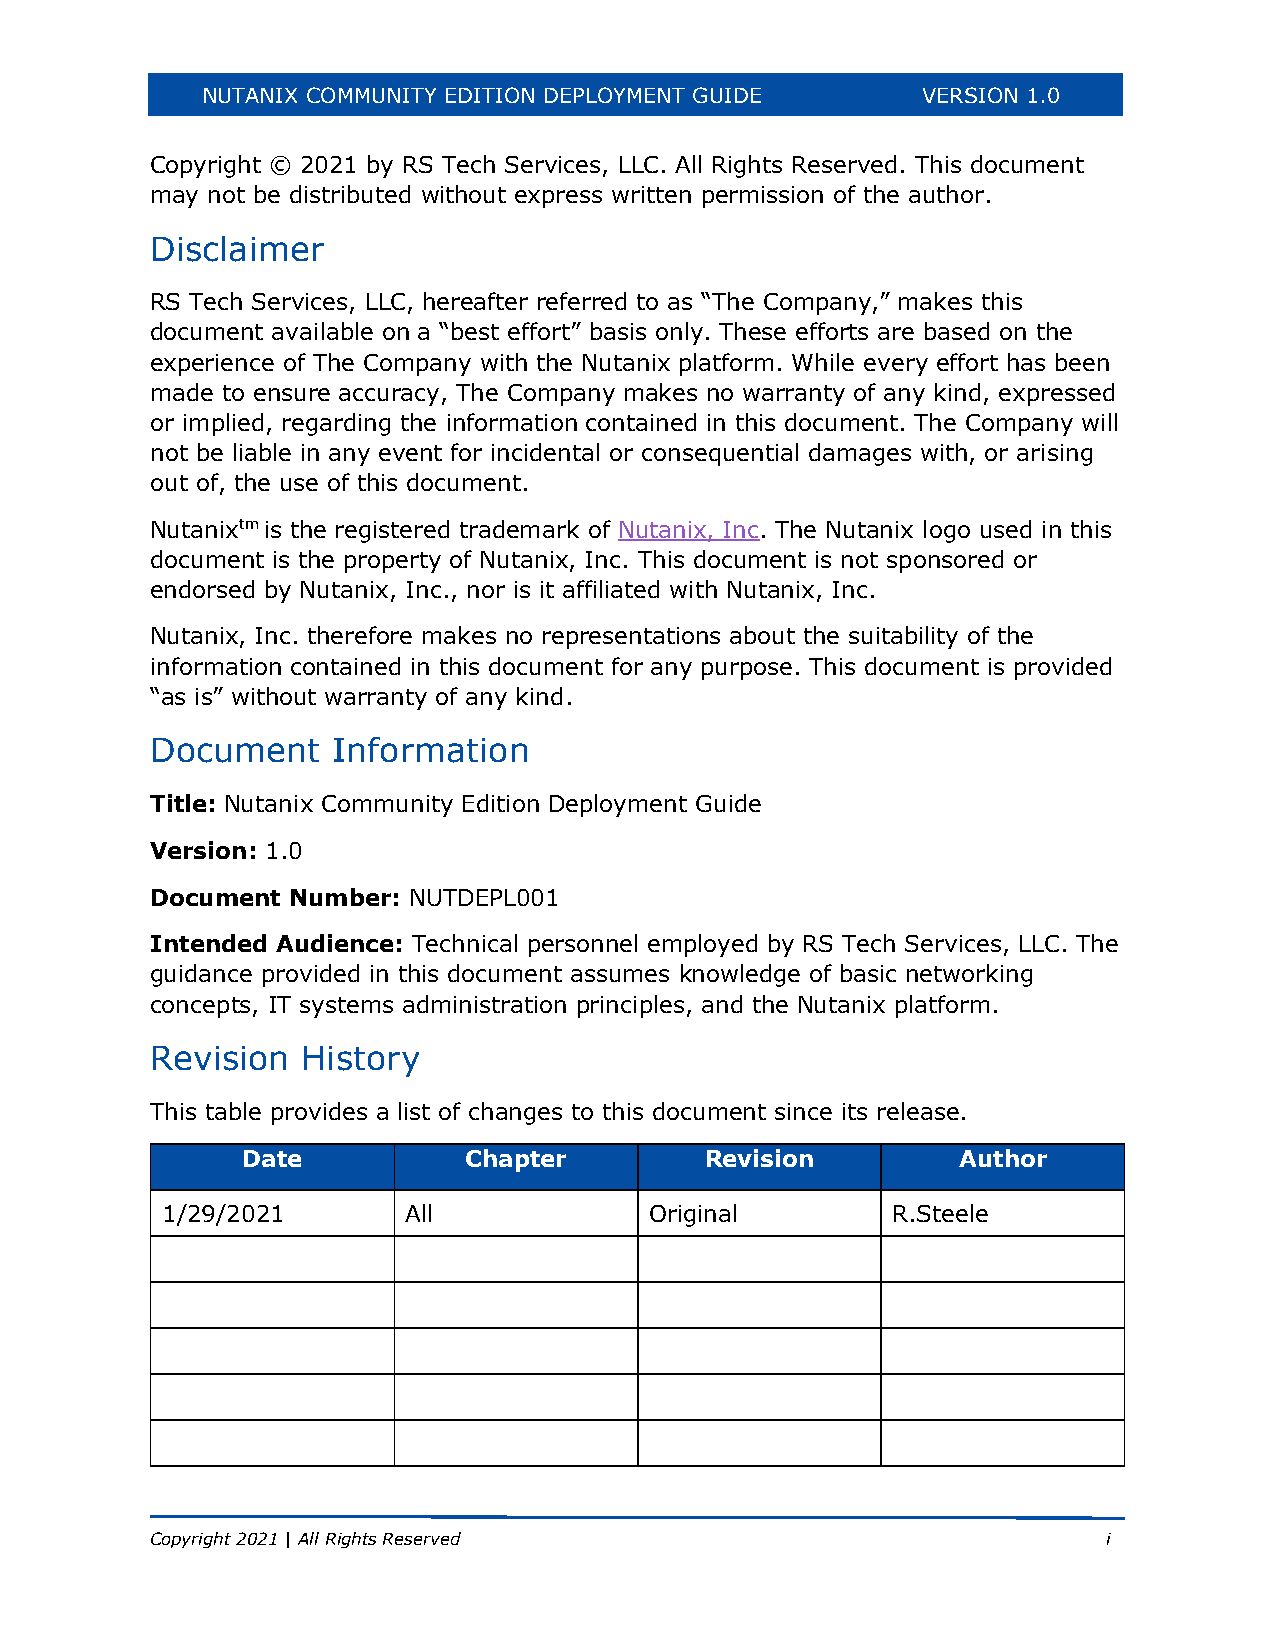
NUTANIX COMMUNITY EDITION DEPLOYMENT GUIDE      VERSION 1.0
 Copyright © 2021 by RS Tech Services, LLC. All Rights Reserved. This document
 may not be distributed without express written permission of the author.
 Disclaimer
 RS Tech Services, LLC, hereafter referred to as “The Company,” makes this
 document available on a “best effort” basis only. These efforts are based on the
 experience of The Company with the Nutanix platform. While every effort has been
 made to ensure accuracy, The Company makes no warranty of any kind, expressed
 or implied, regarding the information contained in this document. The Company will
 not be liable in any event for incidental or consequential damages with, or arising
 out of, the use of this document.
 Nutanixtm is the registered trademark of Nutanix, Inc. The Nutanix logo used in this
 document is the property of Nutanix, Inc. This document is not sponsored or
 endorsed by Nutanix, Inc., nor is it affiliated with Nutanix, Inc.
 Nutanix, Inc. therefore makes no representations about the suitability of the
 information contained in this document for any purpose. This document is provided
 “as is” without warranty of any kind.
 Document    Information
 Title: Nutanix Community Edition Deployment Guide
 Version: 1.0
 Document Number: NUTDEPL001
 Intended Audience: Technical personnel employed by RS Tech Services, LLC. The
 guidance provided in this document assumes knowledge of basic networking
 concepts, IT systems administration principles, and the Nutanix platform.
 Revision  History
 This table provides a list of changes to this document since its release.
 Date           Chapter         Revision        Author
 1/29/2021       All             Original        R.Steele
 Copyright 2021 | All Rights Reserved                           i